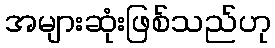
အများဆုံးဖြစ်သည်ဟု